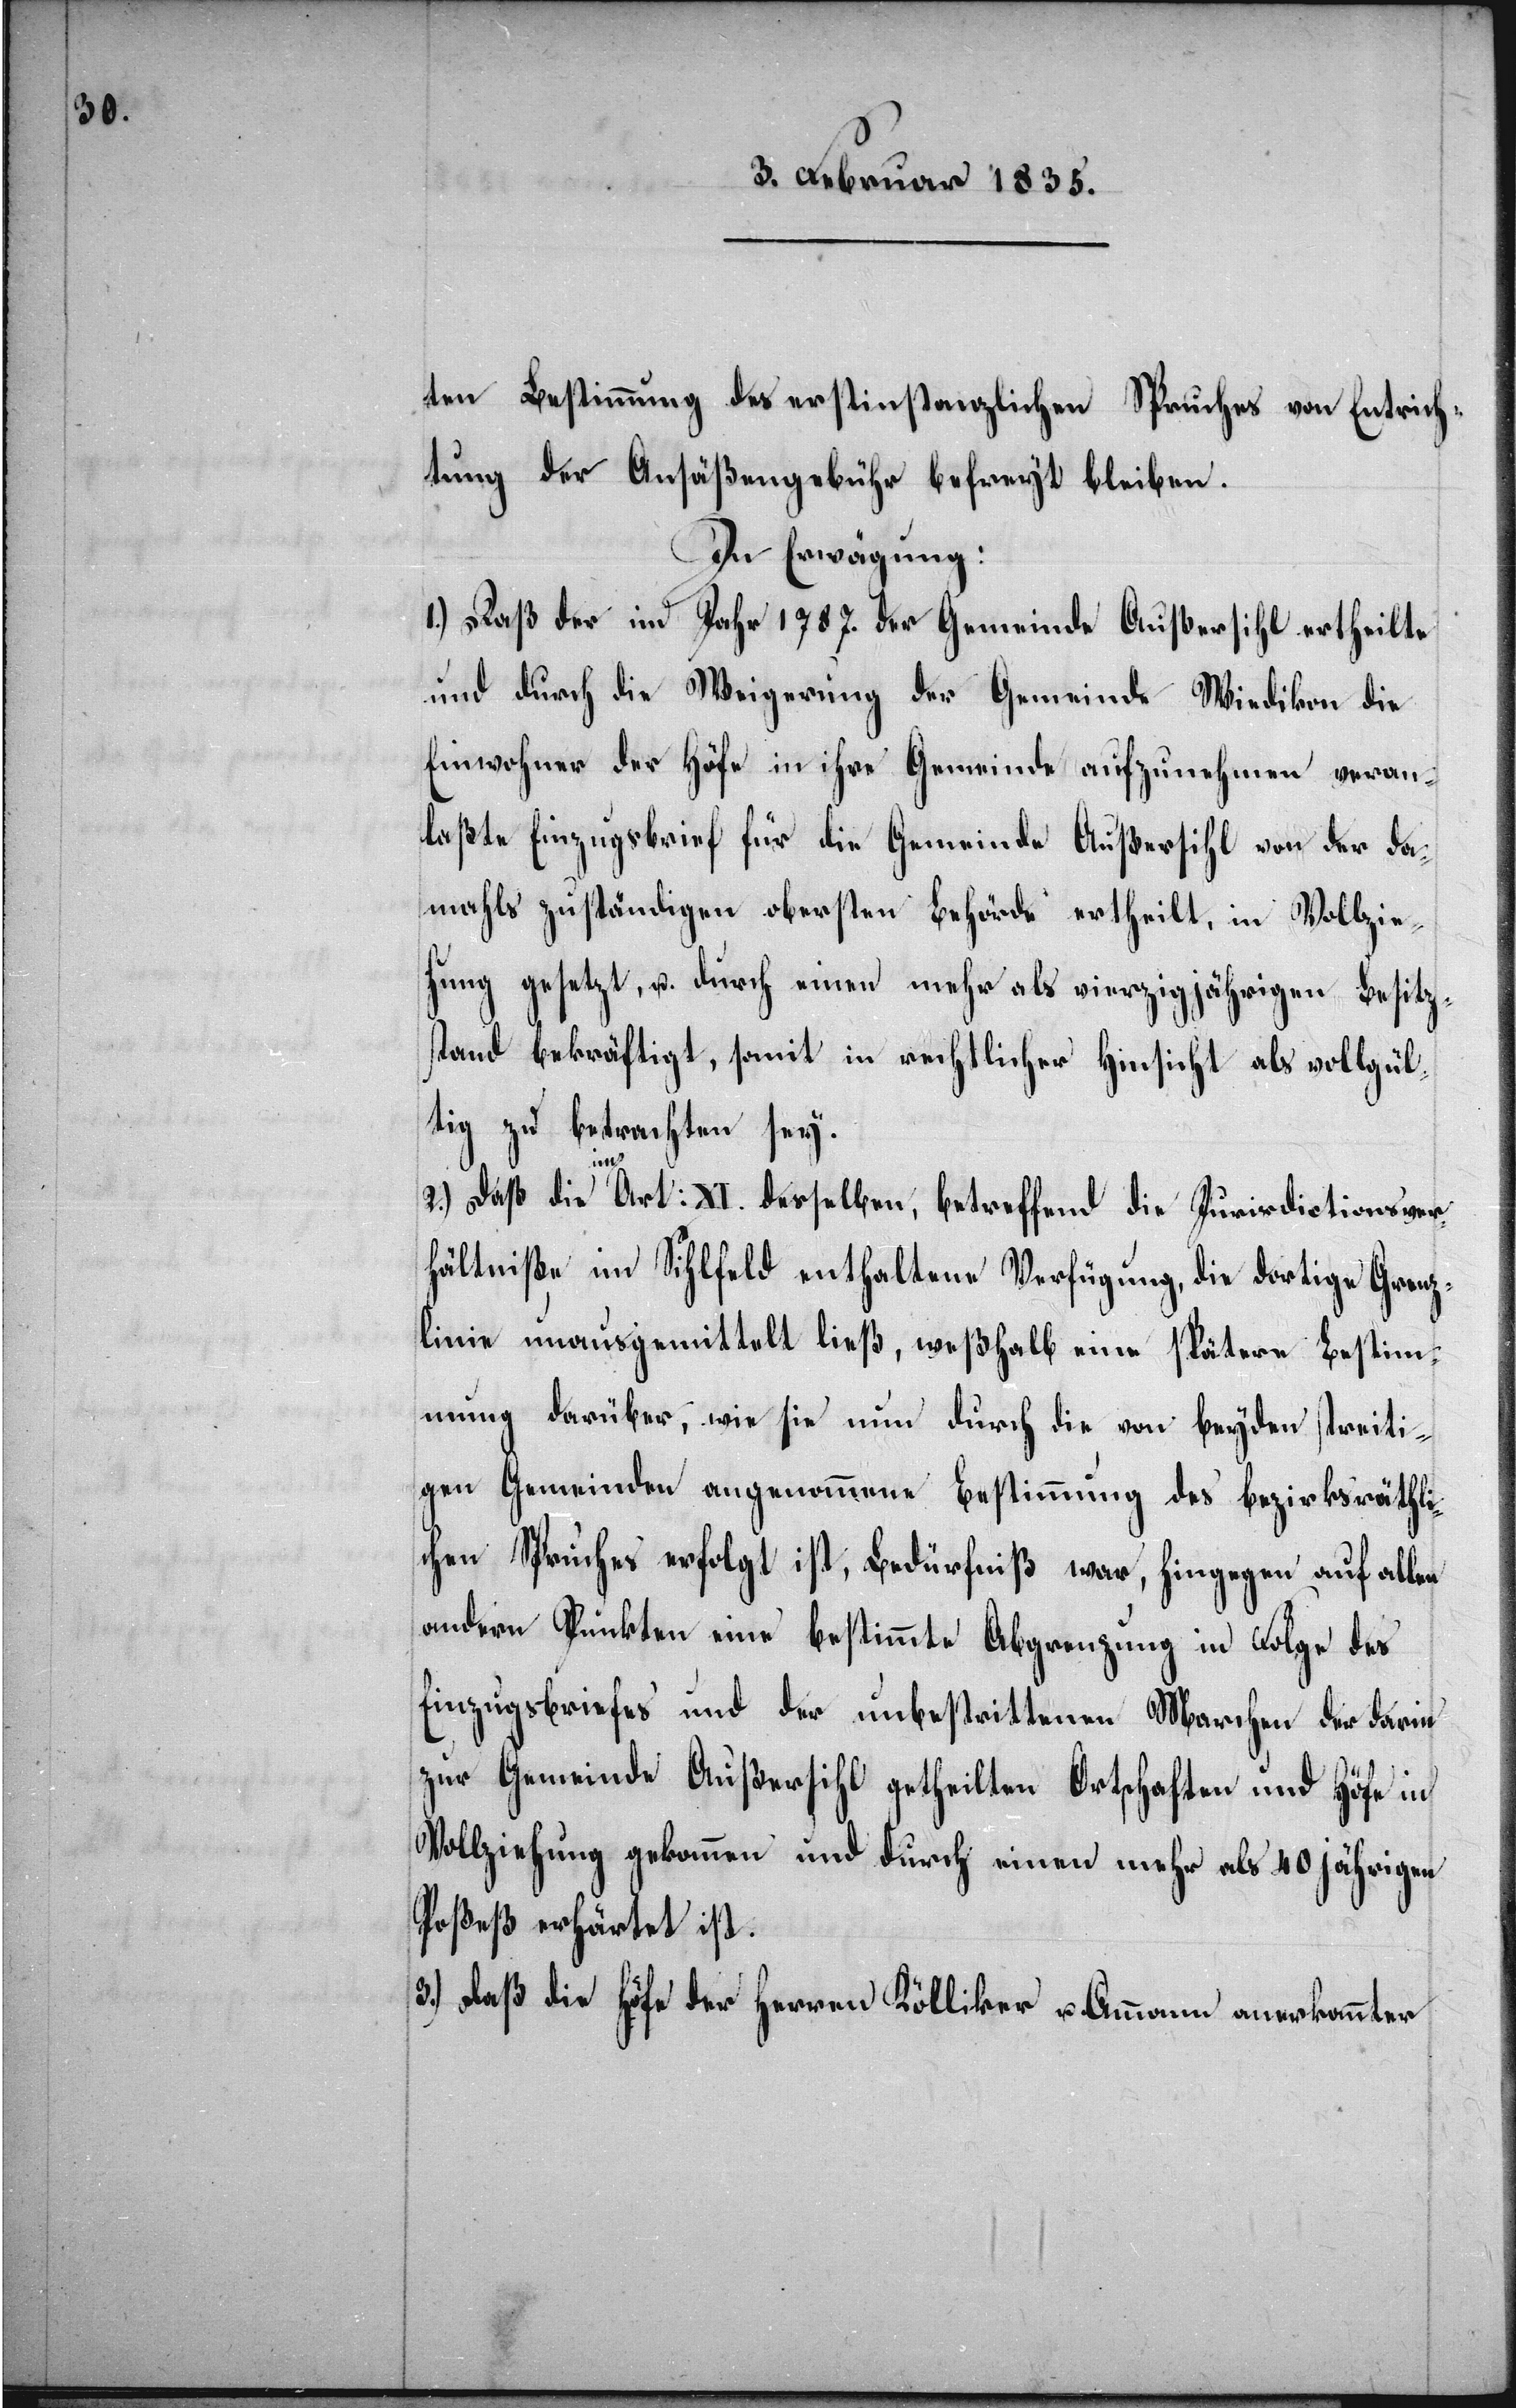
ten Bestimmung des erstinstanzlichen Spruches von Entric¬
htung der Ansäßengebühr befreyt bleiben.
In Erwägung:
1.) Daß der im Jahr 1787. der Gemeinde Außersihl ertheilte
und durch die Weigerung der Gemeinde Wiedikon die
Einwohner der Höfe in ihre Gemeinde aufzunehmen veran¬
laßte Einzugsbrief für die Gemeinde Außersihl von der da¬
mahls zuständigen obersten Behörde ertheilt, in Vollzie¬
hung gesetzt, u. durch einen mehr als vierzigjährigen Besitz¬
stand bekräftigt, somit in rechtlicher Hinsicht als vollgül¬
tig zu betrachten sey.
2.)
Daß die Art :XI. desselben, betreffend die Jurisdictionsver¬
hältniße im Sihlfeld enthaltene Verfügung, die dortige Grenz¬
linie unausgemittelt ließ, weßhalb eine spätere Bestimm¬
ung darüber, wie sie nun durch die von beyden streiti¬
gen Gemeinden angenommene Bestimmung des bezirksräthli¬
chen Spruches erfolgt ist, Bedürfniß war, hingegen auf allen
andern Punkten eine bestimmte Abgrenzung in Folge des
Einzugsbriefes und der unbestrittenen Marchen der darin
zur Gemeinde Außersihl getheilten Ortschaften und Höfe in
Vollziehung gekommen und durch einen mehr als 40jährigen
Poßeß erhärtet ist.
3.) Daß die Höfe der Herren Kölliker u. Ammann anerkannter